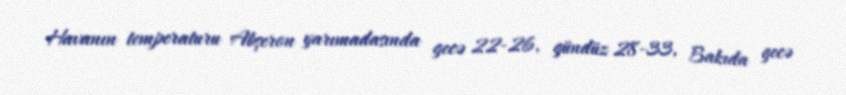
Havanın temperaturu Abşeron yarımadasında gecə 22-26, gündüz 28-33, Bakıda gecə